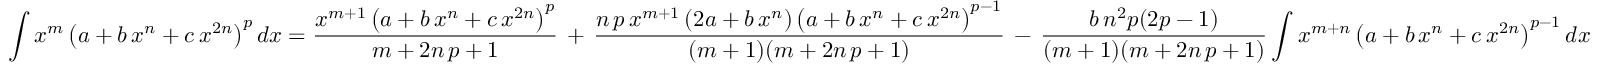
\int x ^ { m } \left( a + b \, x ^ { n } + c \, x ^ { 2 n } \right) ^ { p } d x = { \frac { x ^ { m + 1 } \left( a + b \, x ^ { n } + c \, x ^ { 2 n } \right) ^ { p } } { m + 2 n \, p + 1 } } \, + \, { \frac { n \, p \, x ^ { m + 1 } \left( 2 a + b \, x ^ { n } \right) \left( a + b \, x ^ { n } + c \, x ^ { 2 n } \right) ^ { p - 1 } } { ( m + 1 ) ( m + 2 n \, p + 1 ) } } \, - \, { \frac { b \, n ^ { 2 } p ( 2 p - 1 ) } { ( m + 1 ) ( m + 2 n \, p + 1 ) } } \int x ^ { m + n } \left( a + b \, x ^ { n } + c \, x ^ { 2 n } \right) ^ { p - 1 } d x